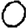
Digit: 0